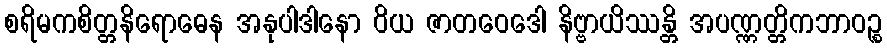
စရိမကစိတ္တနိရောဓေန အနုပါဒါနော ဝိယ ဇာတဝေဒေါ နိဗ္ဗာယိဿန္တိ အပဏ္ဏတ္တိကဘာဝဉ္စ